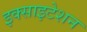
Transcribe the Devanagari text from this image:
इक्साइटेशन